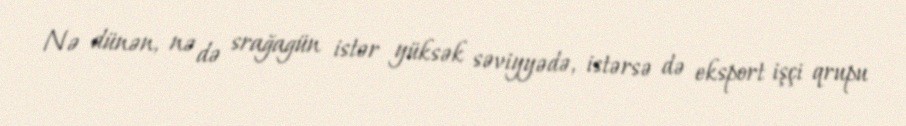
Nə dünən, nə də srağagün istər yüksək səviyyədə, istərsə də eksport işçi qrupu